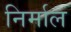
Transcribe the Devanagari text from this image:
निर्माल